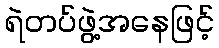
ရဲတပ်ဖွဲ့အနေဖြင့်